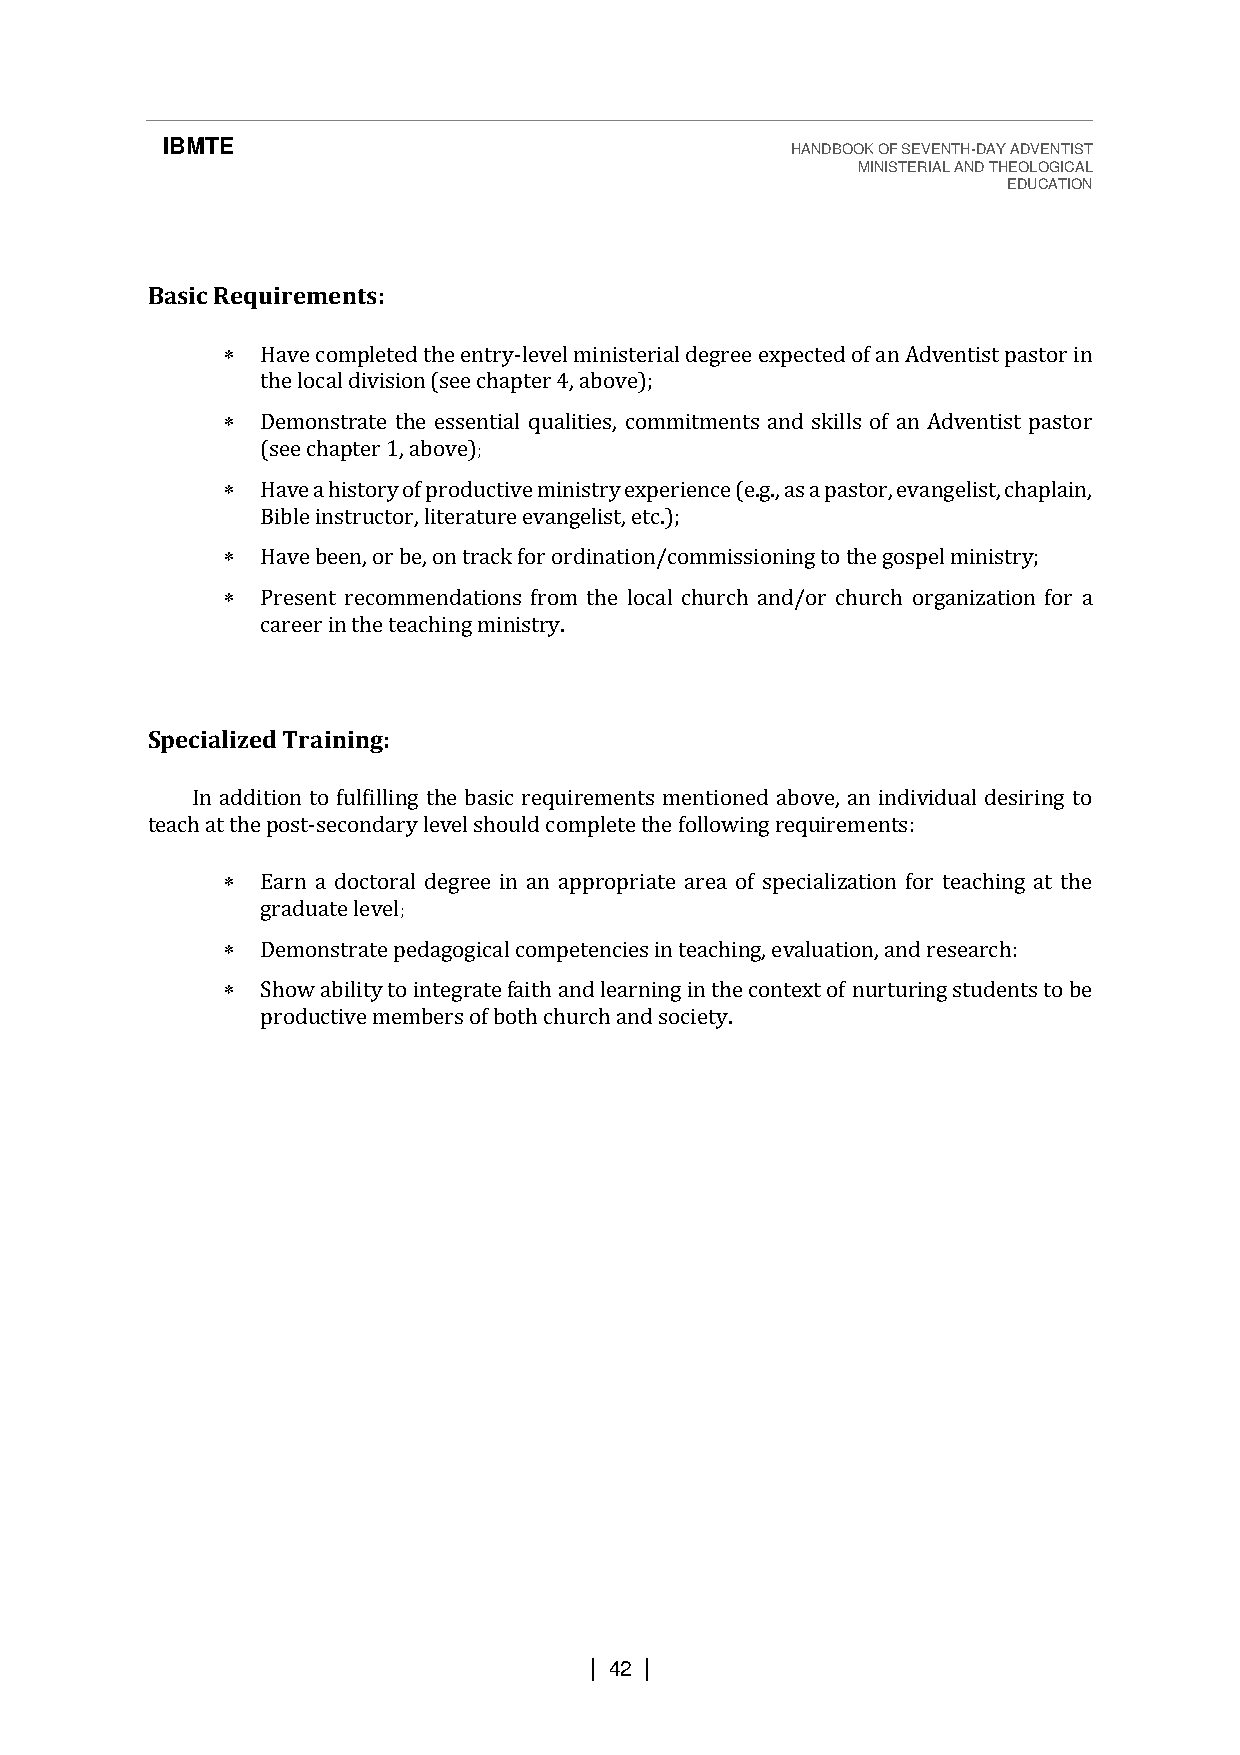
IBMTE                                    HANDBOOK OF SEVENTH-DAY ADVENTIST
 MINISTERIAL AND THEOLOGICAL
 EDUCATION
 Basic Requirements:
  Have completed the entry-level ministerial degree expected of an Adventist pastor in
 the local division (see chapter 4, above);
  Demonstrate the essential qualities, commitments and skills of an Adventist pastor
 (see chapter 1, above);
  Have a history of productive ministry experience (e.g., as a pastor, evangelist, chaplain,
 Bible instructor, literature evangelist, etc.);
  Have been, or be, on track for ordination/commissioning to the gospel ministry;
  Present recommendations from the local church and/or church organization for a
 career in the teaching ministry.
 Specialized Training:
 In addition to fulfilling the basic requirements mentioned above, an individual desiring to
 teach at the post-secondary level should complete the following requirements:
  Earn a doctoral degree in an appropriate area of specialization for teaching at the
 graduate level;
  Demonstrate pedagogical competencies in teaching, evaluation, and research:
  Show ability to integrate faith and learning in the context of nurturing students to be
 productive members of both church and society.
 | 42 |